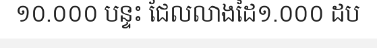
១០.០០០ បន្ទះ ជែលលាងដៃ១.០០០ ដប